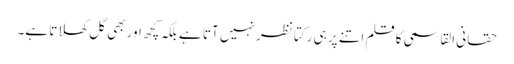
حقانی القاسمی کا قلم اتنے پر ہی رکتا نظر نہیں آتا ہے بلکہ کچھ اور بھی گل کھلاتا ہے۔